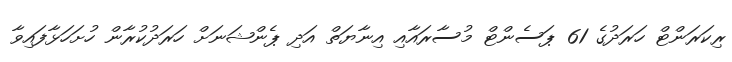
ރިކަރަންޓް ހަރަދުގެ 61 ޕަސެންޓް މުސާރައާއި އިނާޔަތް އަދި ޕެންޝަނަށް ހަރަދުކުރާން ހުށަހަޅާފައިވާ